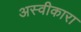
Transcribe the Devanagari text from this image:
अस्वीकारा